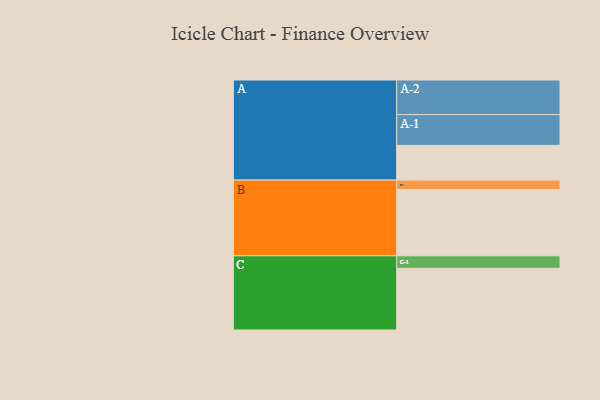
{"axis": {"x": "Segment", "y": "Value"}, "legend": ["", "A", "B", "C"], "data": [{"x": "A", "y": 300, "type": ""}, {"x": "B", "y": 573, "type": ""}, {"x": "C", "y": 533, "type": ""}, {"x": "A-1", "y": 266, "type": "A"}, {"x": "A-2", "y": 299, "type": "A"}, {"x": "B-1", "y": 81, "type": "B"}, {"x": "C-1", "y": 108, "type": "C"}]}